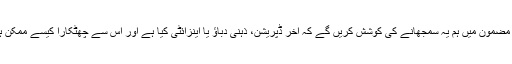
اس مضمون میں ہم یہ سمجھانے کی کوشش کریں گے کہ آخر ڈپریشن، ذہنی دباؤ یا اینزائٹی کیا ہے اور اس سے چھٹکارا کیسے ممکن ہے۔